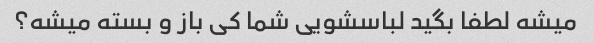
میشه لطفا بگید لباسشویی شما کی باز و بسته میشه؟